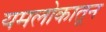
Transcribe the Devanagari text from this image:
यमलोकातून